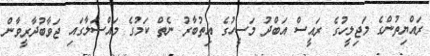
ރައްޔިތުންގެ މަޖިލީހުގެ ރައީސް އަބްދު މަސީހުގެ އިތުބާރު ނެތް ކަމުގެ މައްސަލާގައި ޖަވާބުދާރީވާން